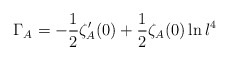
\begin{align*}\Gamma_A=-\frac{1}{2}\zeta'_A(0)+\frac{1}{2}\zeta_A(0)\ln l^4\end{align*}